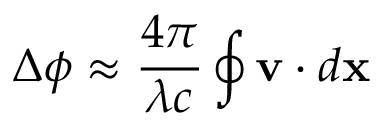
\Delta \phi \approx { \frac { 4 \pi } { \lambda c } } \oint \mathbf { v } \cdot d \mathbf { x }